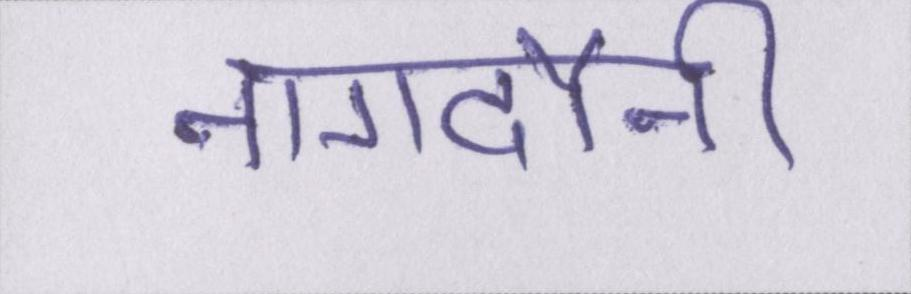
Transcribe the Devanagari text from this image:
नागदौनी